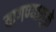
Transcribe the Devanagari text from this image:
वागण्यामुळे